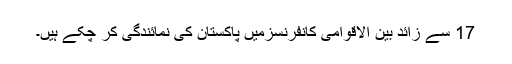
17 سے زائد بین الاقوامی کانفرنسزمیں پاکستان کی نمائندگی کر چکے ہیں۔